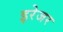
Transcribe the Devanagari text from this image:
इरेजर